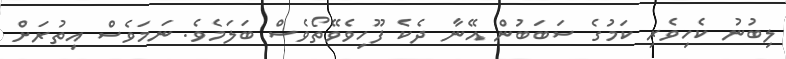
ލިބުނު ކެހިވެރި ކަމުގެ ސަބަބުން އޭނާ ދެކެ ފޫހިވެވޭތޯވެސް ބަލަމެވެ. ނަމަވެސް އިތުރަށް